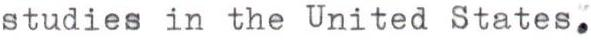
studies in the United States.